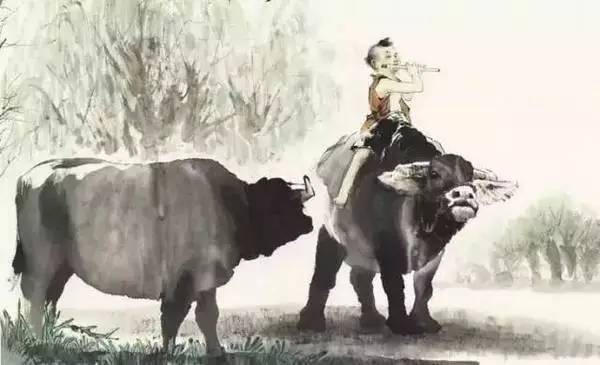
远牧牛，绕村四面禾黍稠。